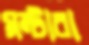
মন্টারা